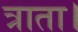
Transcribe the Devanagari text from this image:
त्राता।